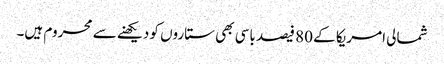
شمالی امریکا کے 80 فیصد باسی بھی ستاروں کو دیکھنے سے محروم ہیں۔